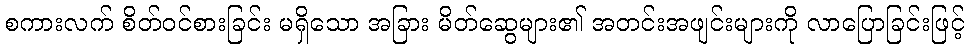
စကားလက် စိတ်ဝင်စားခြင်း မရှိသော အခြား မိတ်ဆွေများ၏ အတင်းအဖျင်းများကို လာပြောခြင်းဖြင့်